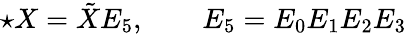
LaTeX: \star X=\tilde{X}E_{5},\qquad E_{5}=E_{0}E_{1}E_{2}E_{3}